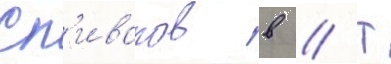
Сп'иваков в // Т